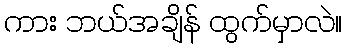
ကား ဘယ်အချိန် ထွက်မှာလဲ။